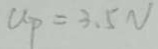
U _ { P } = 3 . 5 N